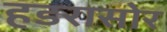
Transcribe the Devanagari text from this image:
हडरासोर